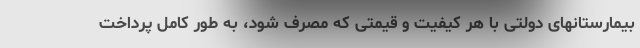
بیمارستانهای دولتی با هر کیفیت و قیمتی که مصرف شود، به طور کامل پرداخت